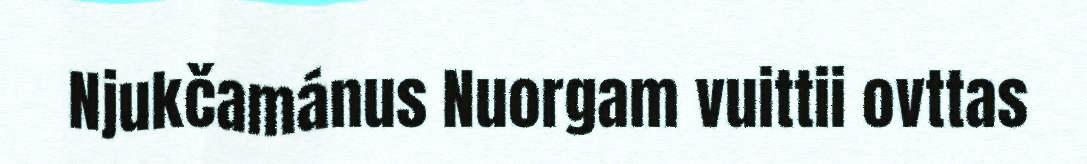
Njukčamánus Nuorgam vuittii ovttas